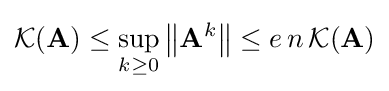
{\mathcal {K}}(\mathbf {A} )\leq \sup _{k\geq 0}\left\|\mathbf {A} ^{k}\right\|\leq e\,n\,{\mathcal {K}}(\mathbf {A} )